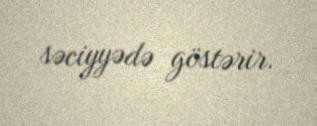
səciyyədə göstərir.